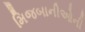
મિજબાનીઓની